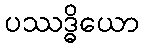
ပဿဒ္ဓိယော